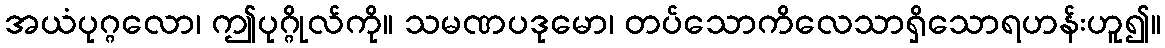
အယံပုဂ္ဂလော၊ ဤပုဂ္ဂိုလ်ကို။ သမဏပဒုမော၊ တပ်သောကိလေသာရှိသောရဟန်းဟူ၍။